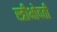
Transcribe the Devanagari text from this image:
स्त्रीभोवती